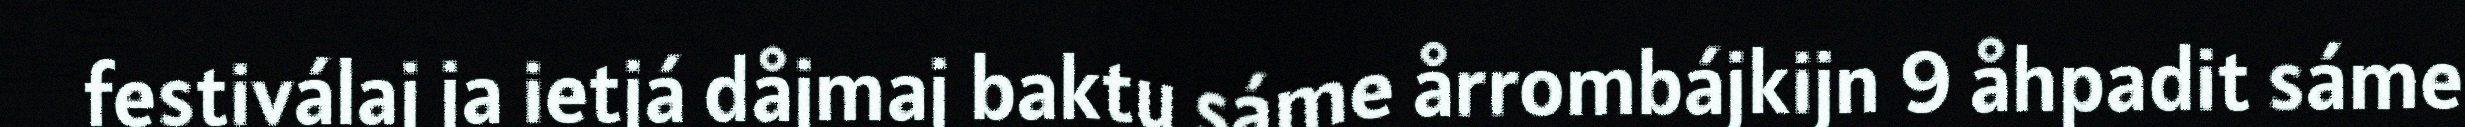
festiválaj ja ietjá dåjmaj baktu sáme årrombájkijn 9 åhpadit sáme